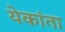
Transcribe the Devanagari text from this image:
येकांता